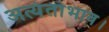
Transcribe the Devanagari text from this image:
अत्यंताभाव।